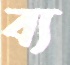
ব্য